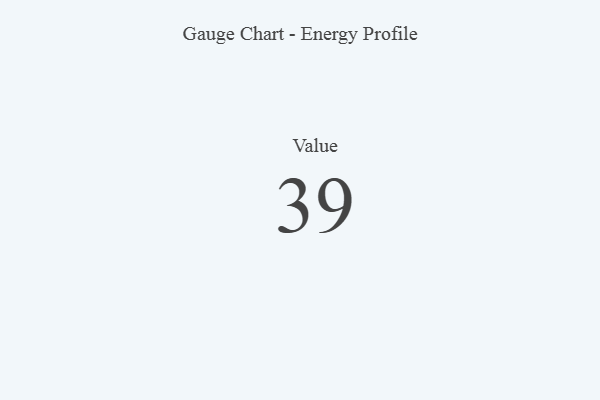
{"axis": {"x": "Metric", "y": "Value"}, "legend": [""], "data": [{"x": "Value", "y": 39, "type": ""}]}